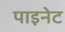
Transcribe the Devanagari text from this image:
पाइनेट